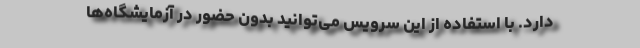
دارد. با استفاده از این سرویس می‌توانید بدون حضور در آزمایشگاه‌ها